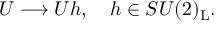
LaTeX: U \longrightarrow U h , ~ ~ ~ h \in S U ( 2 ) _ { \mathrm { L } } .